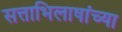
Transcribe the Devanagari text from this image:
सत्ताभिलाषांच्या